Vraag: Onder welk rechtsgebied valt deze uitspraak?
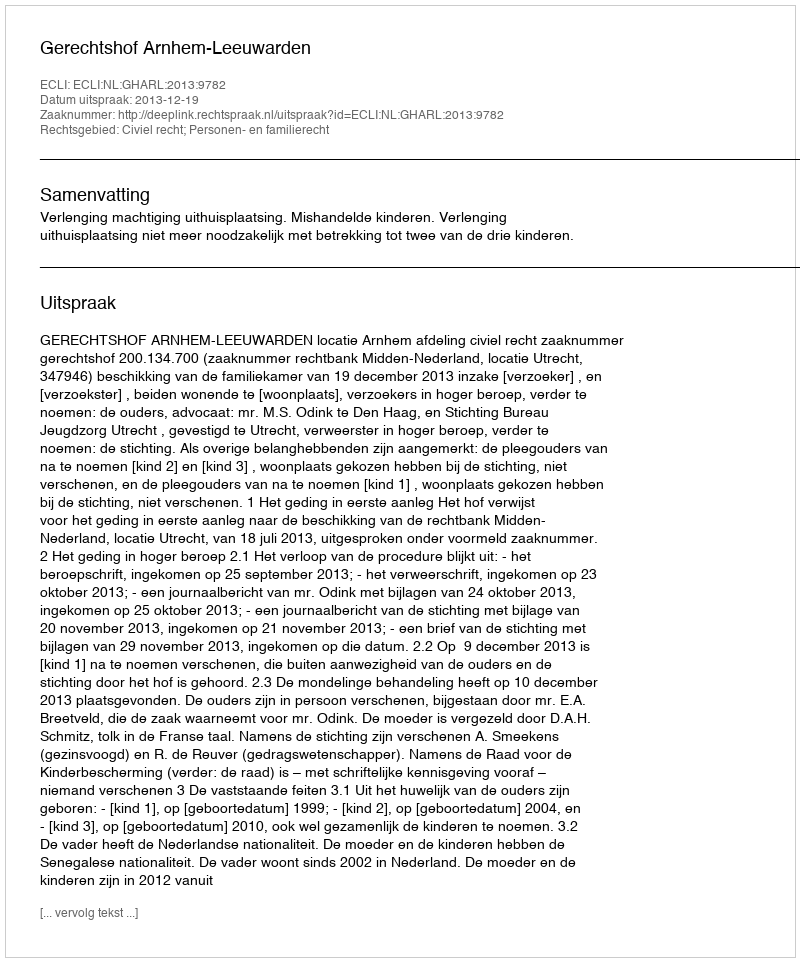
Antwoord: Civiel recht; Personen- en familierecht